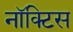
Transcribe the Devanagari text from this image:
नॉक्टिस